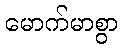
မောက်မာစွာ